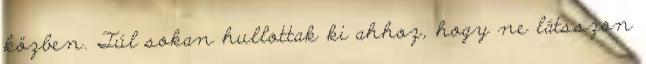
közben. Túl sokan hullottak ki ahhoz, hogy ne látsszon